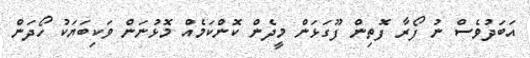
އަބަދުވެސް ނު ފޯރާ ފޮތިން ފޫގަޅަން މީދެން ކޮންކަމެއް މޮޅުނަން ވަކިބަޔަކު ހޯދަން